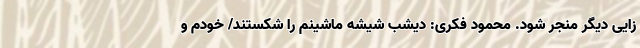
زایی دیگر منجر شود. محمود فکری: دیشب شیشه ماشینم را شکستند/ خودم و